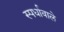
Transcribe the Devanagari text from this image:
स्पर्धावाले